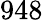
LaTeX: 948